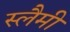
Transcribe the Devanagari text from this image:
स्लैमी